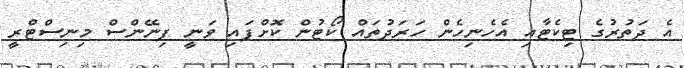
އެ ދަތުރުގެ ޓިކެޓާއި އެހެނިހެން ހަރަދުތައް ކޯޓުން ކޮށްފައި ވަނީ ފިނޭންސް މިނިސްޓްރީ